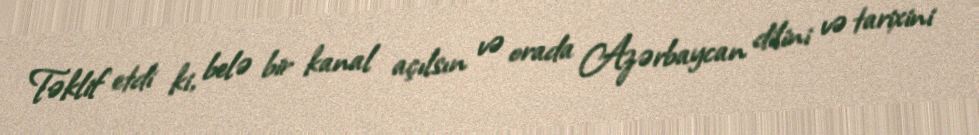
Təklif etdi ki, belə bir kanal açılsın və orada Azərbaycan dilini və tarixini